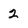
Character: 2